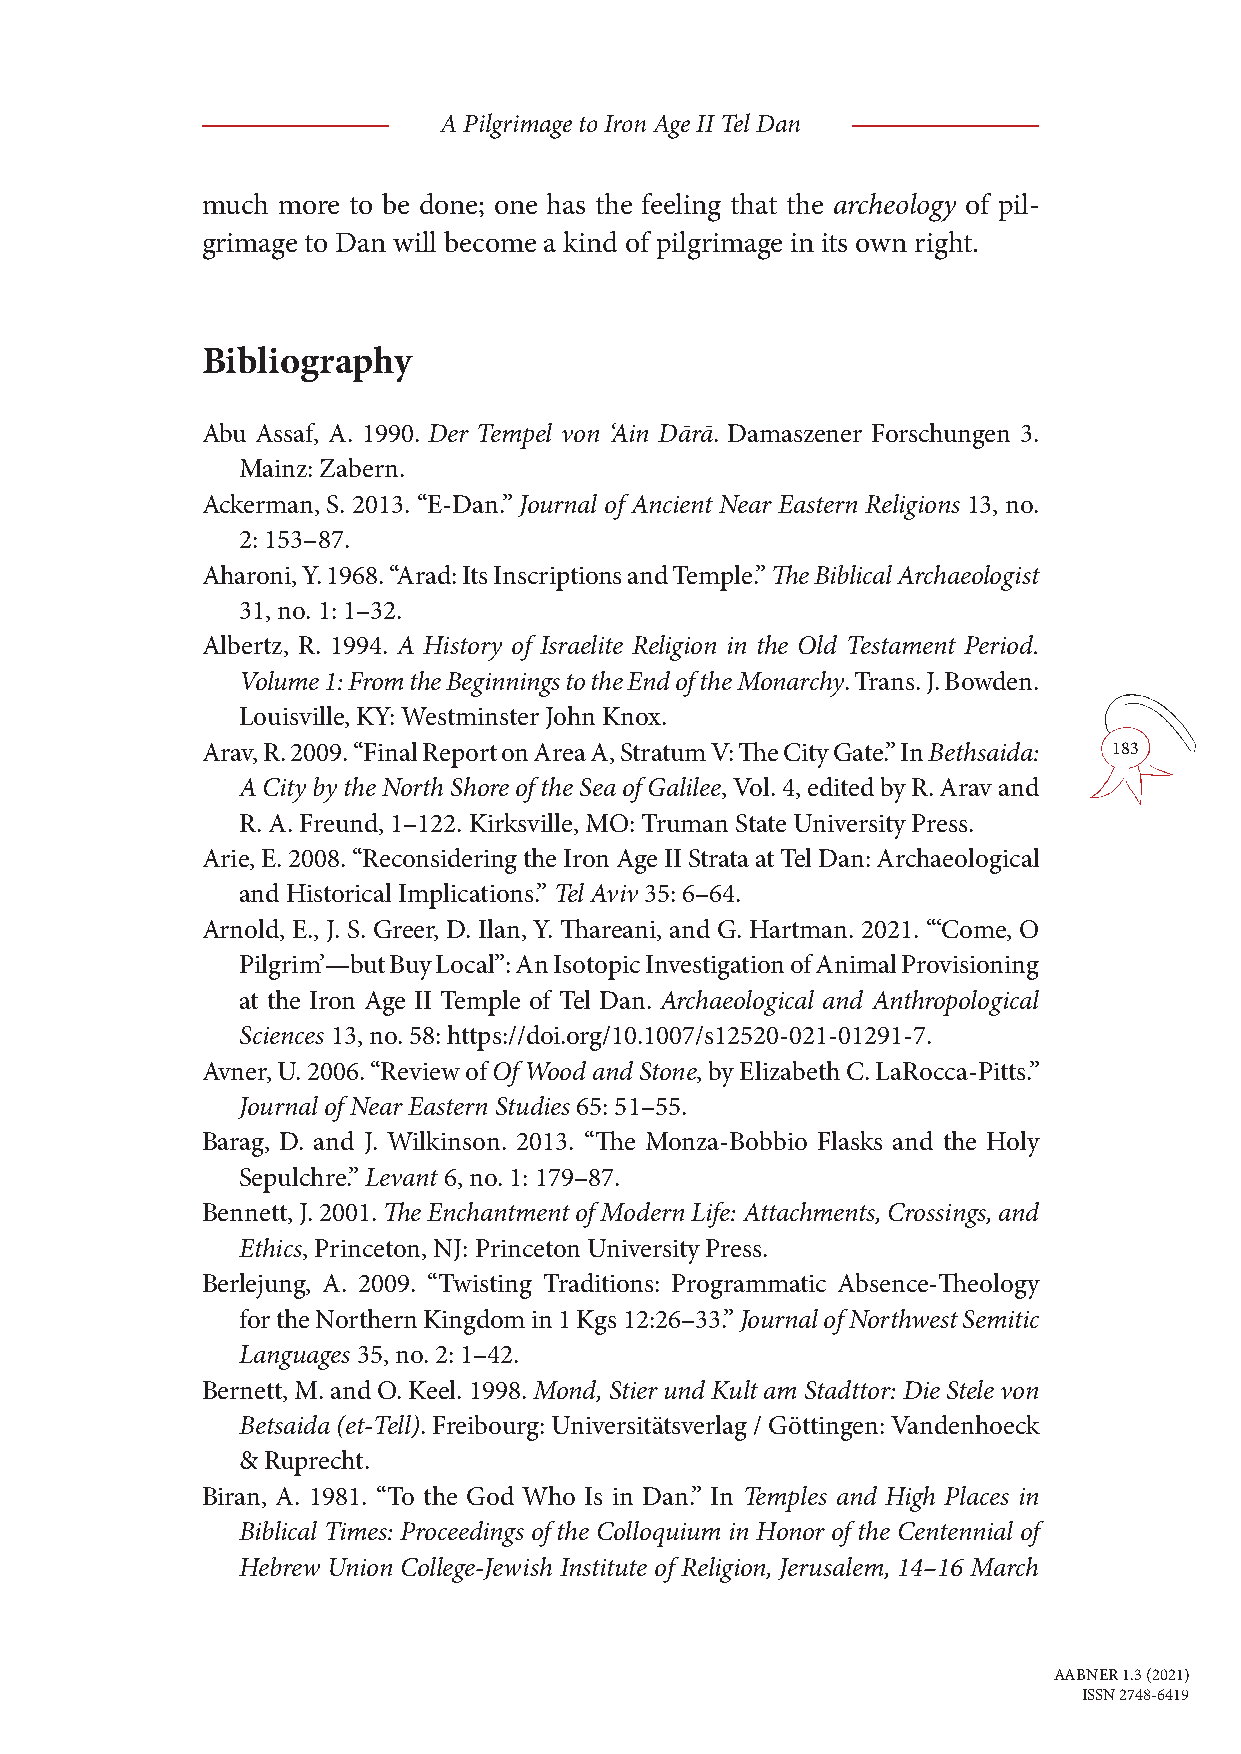
A Pilgrimage to Iron Age II Tel Dan
 much more to be done; one has the feeling that the archeology of pil-
 grimage to Dan will become a kind of pilgrimage in its own right.
 Bibliography
 Abu Assaf, A. 1990. Der Tempel von ‘Ain Dārā. Damaszener Forschungen 3.
 Mainz: Zabern.
 Ackerman, S. 2013. “E-Dan.” Journal of Ancient Near Eastern Religions 13, no.
 2: 153–87.
 Aharoni, Y. 1968. “Arad: Its Inscriptions and Temple.” The Biblical Archaeologist
 31, no. 1: 1–32.
 Albertz, R. 1994. A History of Israelite Religion in the Old Testament Period.
 Volume 1: From the Beginnings to the End of the Monarchy. Trans. J. Bowden.
 Louisville, KY: Westminster John Knox.
 Arav, R. 2009. “Final Report on Area A, Stratum V: The City Gate.” In Bethsaida: 183
 A City by the North Shore of the Sea of Galilee, Vol. 4, edited by R. Arav and
 R. A. Freund, 1–122. Kirksville, MO: Truman State University Press.
 Arie, E. 2008. “Reconsidering the Iron Age II Strata at Tel Dan: Archaeological
 and Historical Implications.” Tel Aviv 35: 6–64.
 Arnold, E., J. S. Greer, D. Ilan, Y. Thareani, and G. Hartman. 2021. “‘Come, O
 Pilgrim’—but Buy Local”: An Isotopic Investigation of Animal Provisioning
 at the Iron Age II Temple of Tel Dan. Archaeological and Anthropological
 Sciences 13, no. 58: https://doi.org/10.1007/s12520-021-01291-7.
 Avner, U. 2006. “Review of Of Wood and Stone, by Elizabeth C. LaRocca-Pitts.”
 Journal of Near Eastern Studies 65: 51–55.
 Barag, D. and J. Wilkinson. 2013. “The Monza-Bobbio Flasks and the Holy
 Sepulchre.” Levant 6, no. 1: 179–87.
 Bennett, J. 2001. The Enchantment of Modern Life: Attachments, Crossings, and
 Ethics, Princeton, NJ: Princeton University Press.
 Berlejung, A. 2009. “Twisting Traditions: Programmatic Absence-Theology
 for the Northern Kingdom in 1 Kgs 12:26–33.” Journal of Northwest Semitic
 Languages 35, no. 2: 1–42.
 Bernett, M. and O. Keel. 1998. Mond, Stier und Kult am Stadttor: Die Stele von
 Betsaida (et-Tell). Freibourg: Universitätsverlag / Göttingen: Vandenhoeck
 & Ruprecht.
 Biran, A. 1981. “To the God Who Is in Dan.” In Temples and High Places in
 Biblical Times: Proceedings of the Colloquium in Honor of the Centennial of
 Hebrew Union College-Jewish Institute of Religion, Jerusalem, 14–16 March
 AABNER 1.3 (2021)
 ISSN 2748-6419